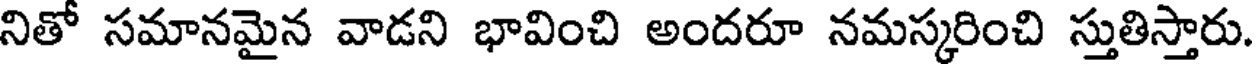
నితో సమానమైన వాడని భావించి అందరూ నమస్కరించి స్తుతిస్తారు.